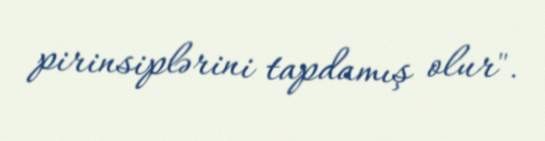
pirinsiplərini tapdamış olur".